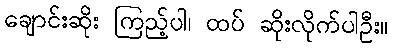
ချောင်းဆိုး ကြည့်ပါ၊ ထပ် ဆိုးလိုက်ပါဦး။